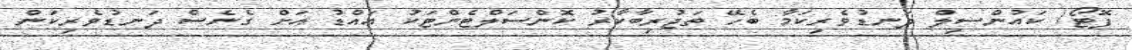
ފޮޓޯ/ ކައުންސިލް ދަނޑުވެރިކަމާ ބެހޭ ތަޖުރިބާކާރު ކޮންސަލްޓެންޓަކު އައްޑު އަށް ގެނެސް ދަނޑުވެރިކަން